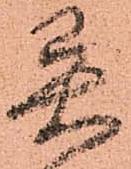
異